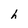
Character: h